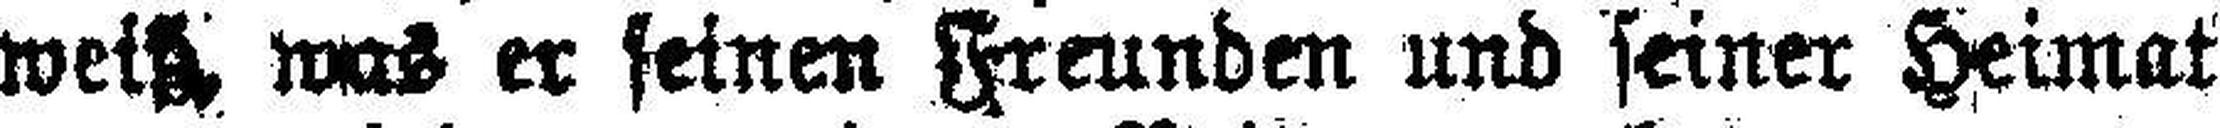
weitz was er seinen Freunden und seiner Heimat